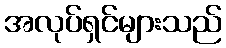
အလုပ်ရှင်များသည်